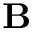
\bf B